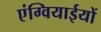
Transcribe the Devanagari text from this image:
एंग्वियाईयों